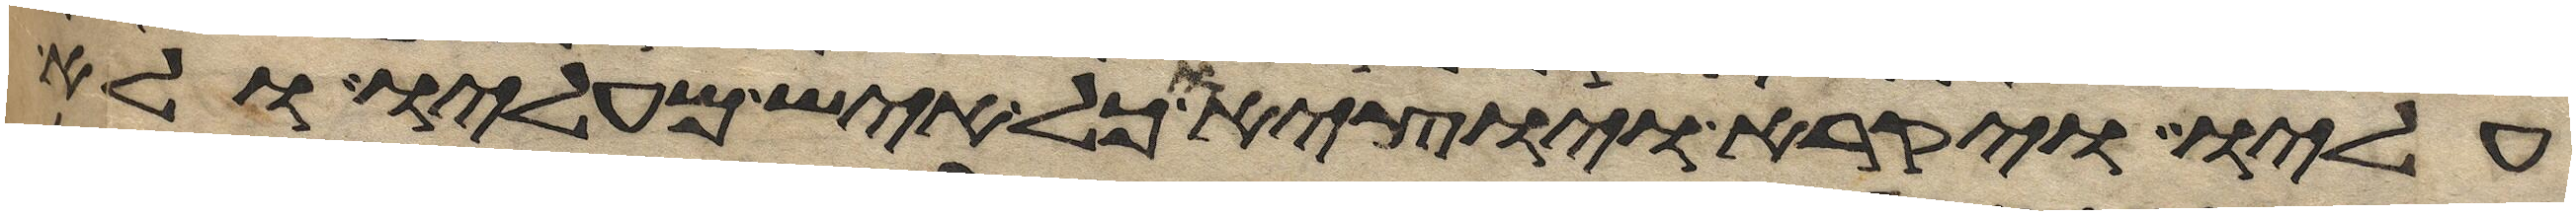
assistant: עליו ויקרא והוציאו כל איש מעליו ולא